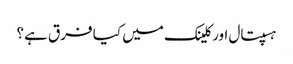
ہسپتال اور کلینک میں کیا فرق ہے؟